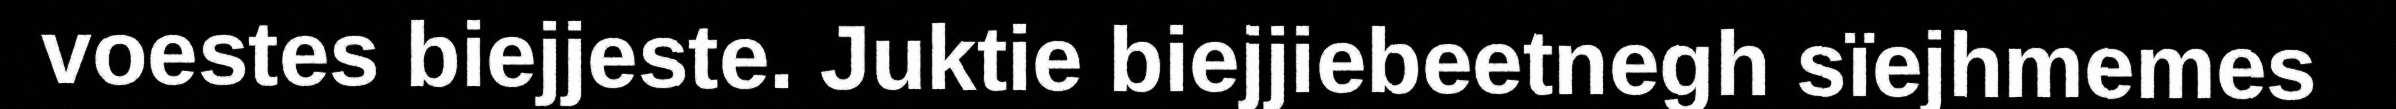
voestes biejjeste. Juktie biejjiebeetnegh sïejhmemes